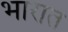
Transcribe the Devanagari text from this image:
भारात